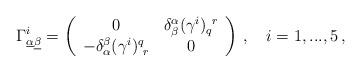
LaTeX: \begin{align*}\Gamma^i_{\underline\alpha\underline\beta}=\left(\begin{array}{cc}0 & \delta^\alpha_\beta(\gamma^{i})_q^{~r}\\-\delta_\alpha^\beta(\gamma^i)^q_{~r} & 0\end{array}\right)\,, \quad i=1,...,5\,,\end{align*}